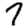
Digit: 7